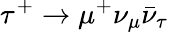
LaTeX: \tau^{+}\to\mu^{+}\nu_{\mu}\bar{\nu}_{\tau}